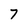
Character: 7